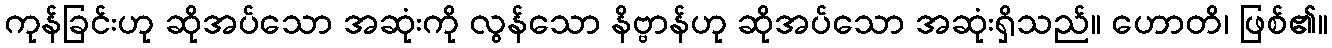
ကုန်ခြင်းဟု ဆိုအပ်သော အဆုံးကို လွန်သော နိဗ္ဗာန်ဟု ဆိုအပ်သော အဆုံးရှိသည်။ ဟောတိ၊ ဖြစ်၏။